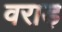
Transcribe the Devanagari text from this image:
वराड़